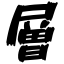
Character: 層